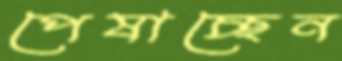
পেষাচ্ছেন